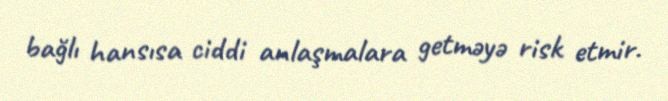
bağlı hansısa ciddi anlaşmalara getməyə risk etmir.